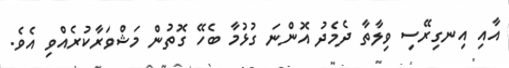
އާއި އިނގިރޭސި ވިލާތާ ދެމެދު އޮންނަ ގުޅުމާ ބެހޭ ގޮތުން މަޝްވަރާކުރެއްވި އެވެ.